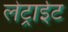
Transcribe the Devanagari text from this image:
लेट्राईट